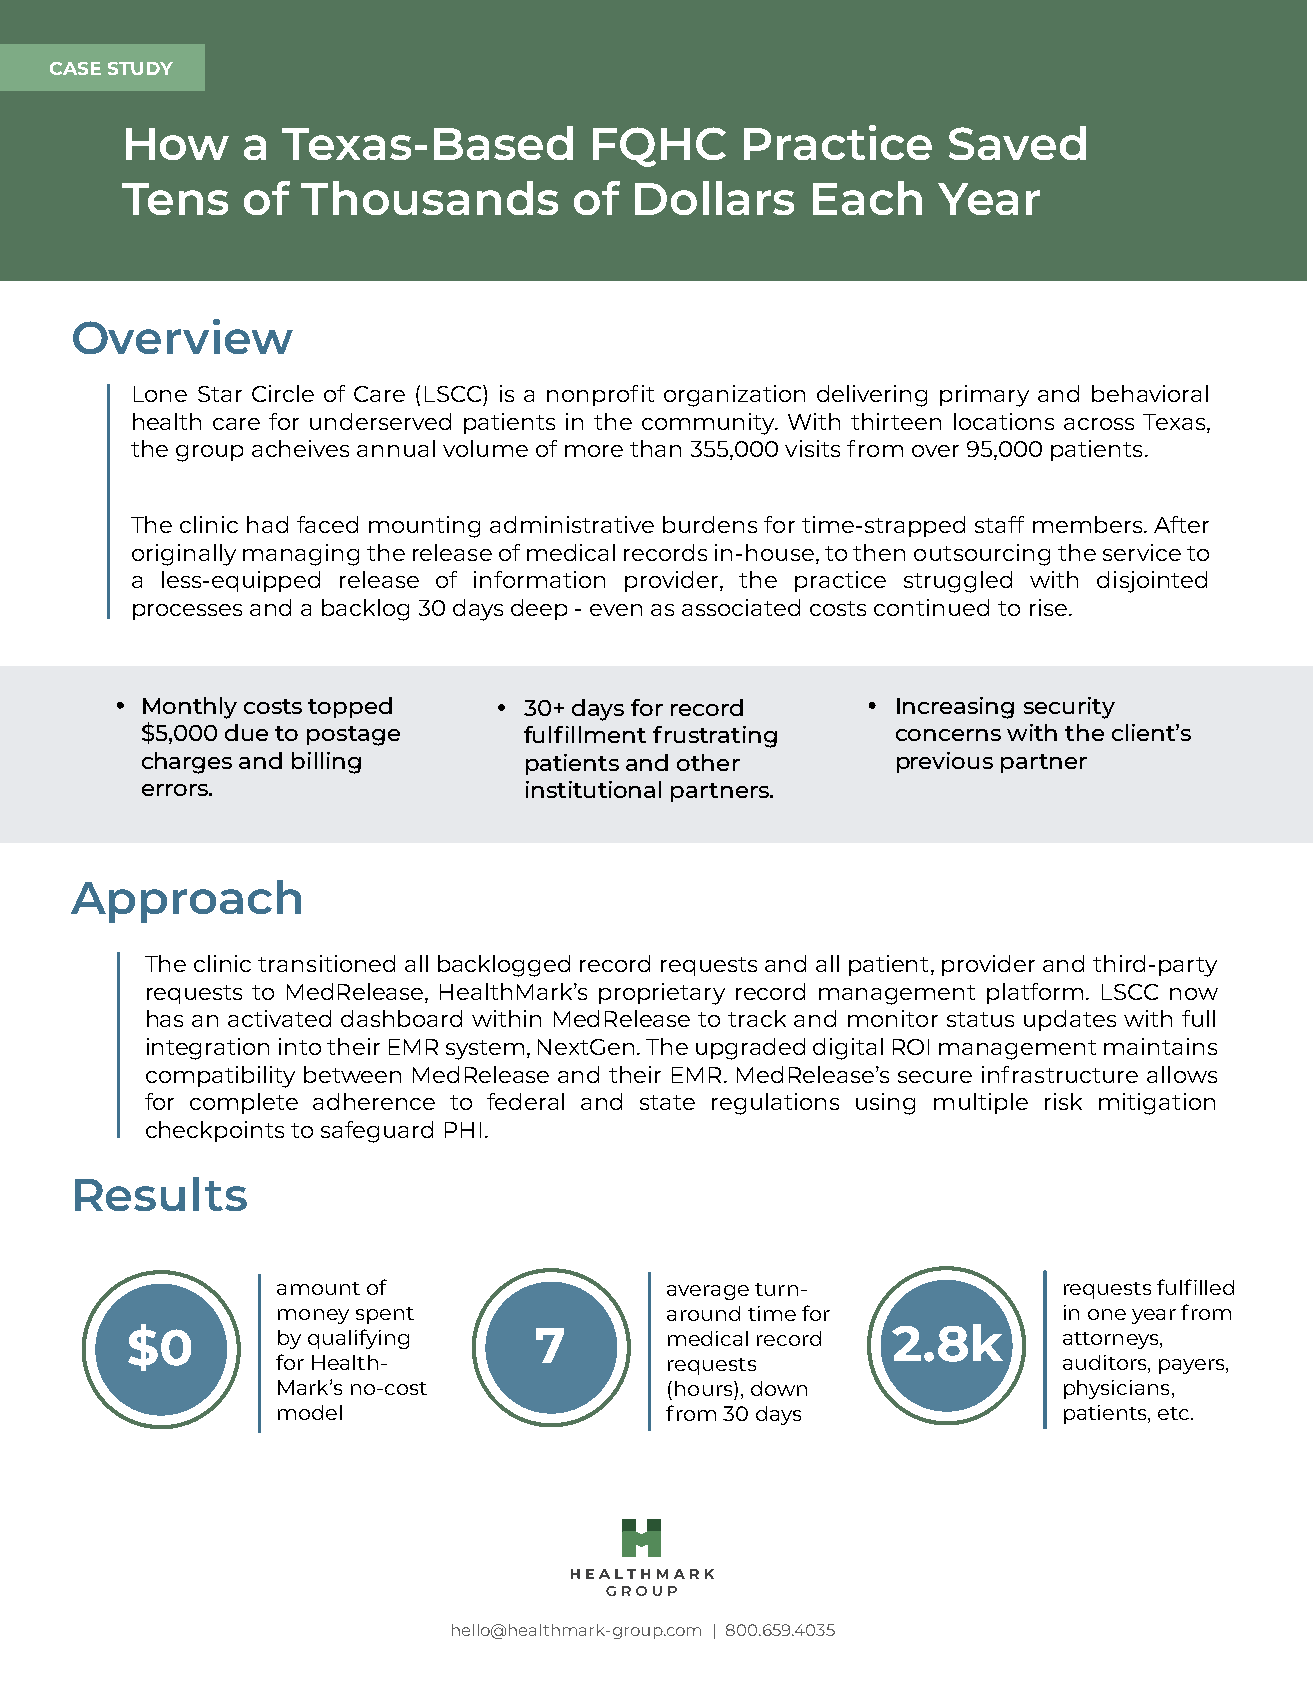
CCAASSEE S STUTUDDYY
 How     a  Texas-Based         FQHC      Practice      Saved
 Tens    of  Thousands         of  Dollars     Each    Year
 Overview
 Lone Star Circle of Care (LSCC) is a nonprofit organization delivering primary and behavioral
 health care for underserved patients in the community. With thirteen locations across Texas,
 the group acheives annual volume of more than 355,000 visits from over 95,000 patients.
 The clinic had faced mounting administrative burdens for time-strapped staff members. After
 originally managing the release of medical records in-house, to then outsourcing the service to
 a less-equipped release of information provider, the practice struggled with disjointed
 processes and a backlog 30 days deep - even as associated costs continued to rise.
 Monthly costs topped      30+ days for record     Increasing security
 $5,000 due to postage     fulfillment frustrating concerns with the client’s
 charges and billing       patients and other      previous partner
 errors.                   institutional partners.
 Approach
 The clinic transitioned all backlogged record requests and all patient, provider and third-party
 requests to MedRelease, HealthMark’s proprietary record management platform. LSCC now
 has an activated dashboard within MedRelease to track and monitor status updates with full
 integration into their EMR system, NextGen. The upgraded digital ROI management maintains
 compatibility between MedRelease and their EMR. MedRelease’s secure infrastructure allows
 for complete adherence to federal and state regulations using multiple risk mitigation
 checkpoints to safeguard PHI.
 Results
 amount of                 average turn-             requests fulfilled
 money spent               around time for           in one year from
 $0        by qualifying    7        medical record 2.8k       attorneys,
 for Health-               requests                  auditors, payers,
 Mark’s no-cost            (hours), down             physicians,
 model                     from 30 days              patients, etc.
 hello@healthmark-group.com | 800.659.4035